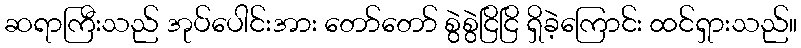
ဆရာကြီးသည် အုပ်ပေါင်းအား တော်တော် စွဲစွဲငြိငြိ ရှိခဲ့ကြောင်း ထင်ရှားသည်။